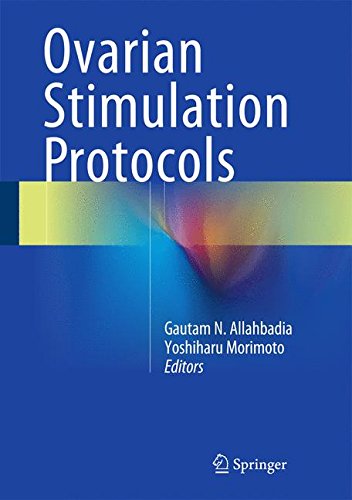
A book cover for Ovarian Stimulation Protocols; Health, Fitness & Dieting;